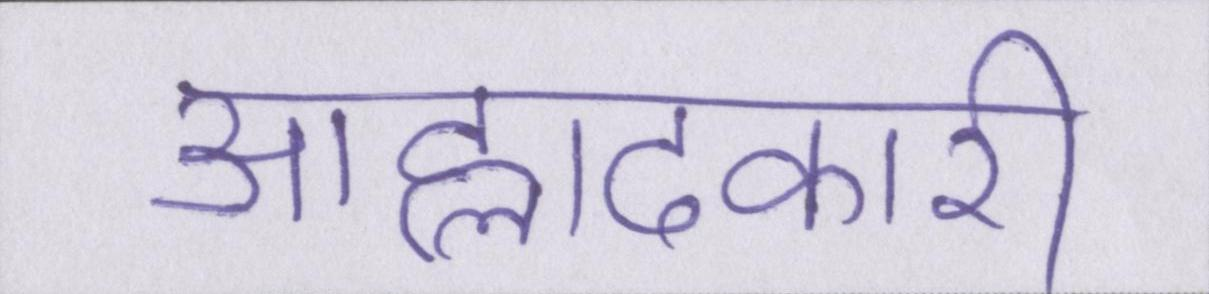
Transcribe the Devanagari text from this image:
आह्लादकारी